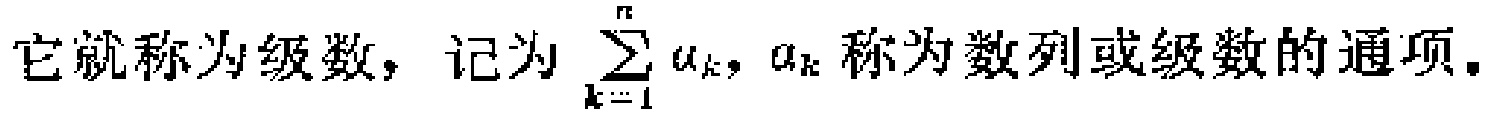
它就称为级数，记为 $\sum_{k = 1}^{n} a_{k}$，$a_{k}$ 称为数列或级数的通项。